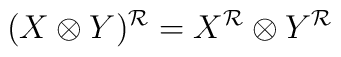
(X\otimes Y)^{\cal R}=X^{\cal R}\otimes Y^{\cal R}